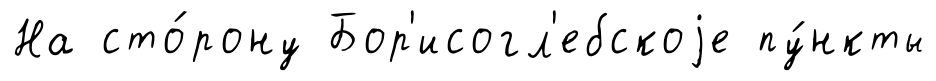
На сто́рону Бор'исогл'ебскоjе пу́нкты